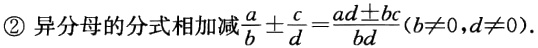
\textcircled{2} 异分母的分式相加减$\frac{a}{b} \pm \frac{c}{d}=\frac{ad\pm bc}{bd}(b\neq0,d\neq0)$。